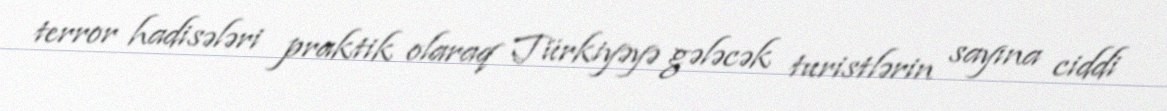
terror hadisələri praktik olaraq Türkiyəyə gələcək turistlərin sayına ciddi